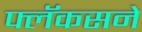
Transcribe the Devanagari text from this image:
फ्लॅकसने